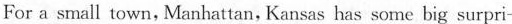
For a smail town, Manhattan, Kansas has some big surpri-